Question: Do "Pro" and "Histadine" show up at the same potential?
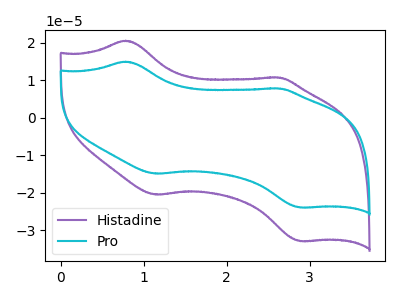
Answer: <think>The purple curve "Histadine" has anodic peaks at (0.80V, 20.55uA) (2.60V, 10.70uA) and cathodic peaks at (1.15V, -20.55uA) (2.90V, -32.95uA). The cyan curve "Pro" has anodic peaks at (0.80V, 14.95uA) (2.60V, 7.80uA) and cathodic peaks at (1.15V, -14.95uA) (2.90V, -24.00uA).
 All the peaks in "Pro" have a peak in "Histadine" at the same potential. Every peak in "Pro" is lower than every peak in "Histadine".</think>
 <answer>"Pro" and "Histadine" are similar in shape.</answer>
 <eval>same_shape</eval>